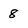
Character: 8